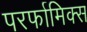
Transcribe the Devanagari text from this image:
परर्फामिक्स